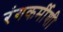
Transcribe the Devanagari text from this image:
रंगकर्मीशी